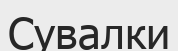
Сувалки